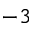
^ { - 3 }